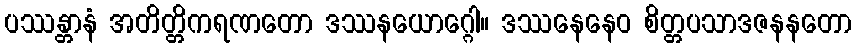
ပဿန္တာနံ အတိတ္တိကရဏတော ဒဿနယောဂ္ဂေါ။ ဒဿနေနေဝ စိတ္တပသာဒဇနနတော